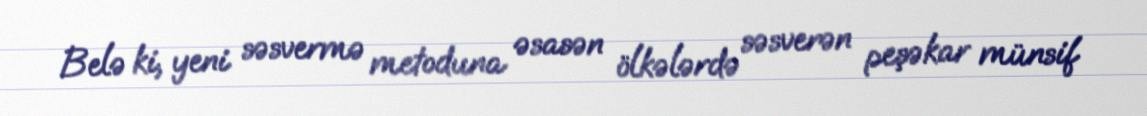
Belə ki, yeni səsvermə metoduna əsasən ölkələrdə səsverən peşəkar münsif